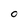
Character: O